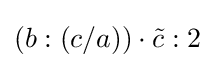
(b:(c/a))\cdot {\tilde {c}}:2